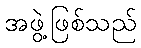
အဖွဲ့ဖြစ်သည်